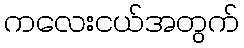
ကလေးငယ်အတွက်